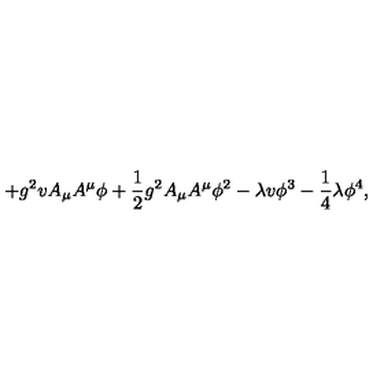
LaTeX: + g ^ { 2 } v A _ { \mu } A ^ { \mu } \phi + \frac { 1 } { 2 } g ^ { 2 } A _ { \mu } A ^ { \mu } \phi ^ { 2 } - \lambda v \phi ^ { 3 } - \frac { 1 } { 4 } \lambda \phi ^ { 4 } ,